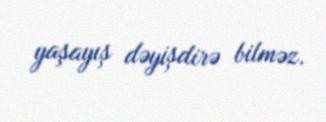
yaşayış dəyişdirə bilməz.